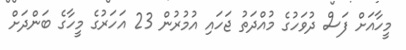
މީހާއަށް ފަސް ދުވަހުގެ މުއްދަތު ޖަހައި އުމުރުން 23 އަހަރުގެ މީހާގެ ބަންދަށް